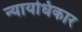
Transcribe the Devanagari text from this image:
न्यायधिकार